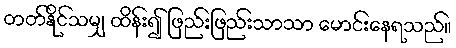
တတ်နိုင်သမျှ ထိန်း၍ ဖြည်းဖြည်းသာသာ မောင်းနေရသည်။